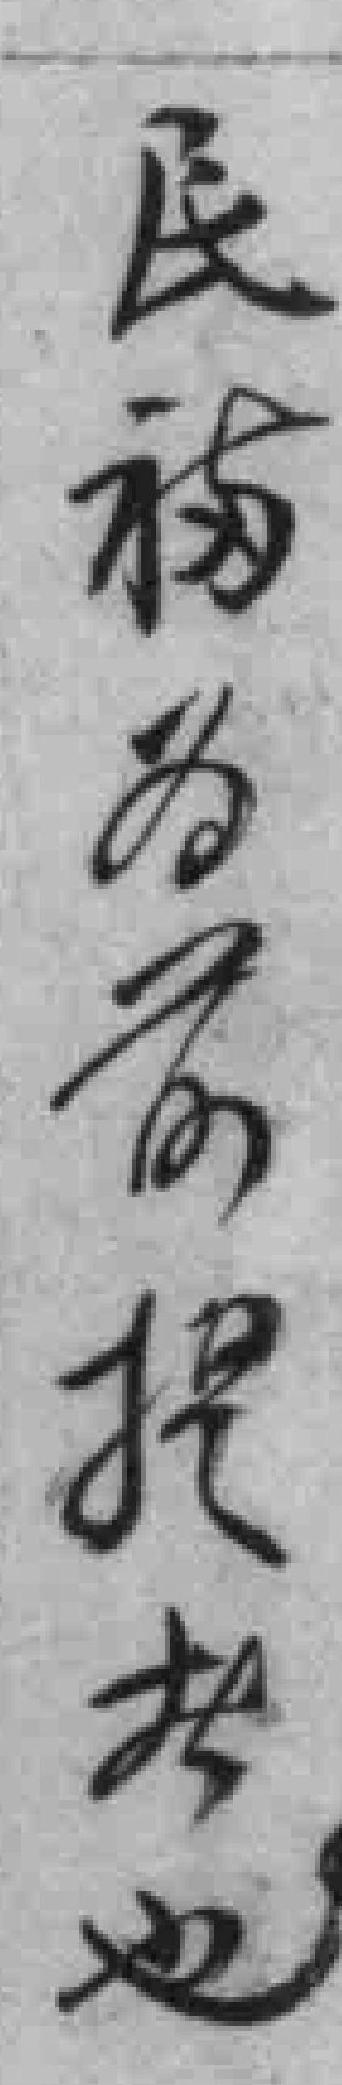
民福为前提者也